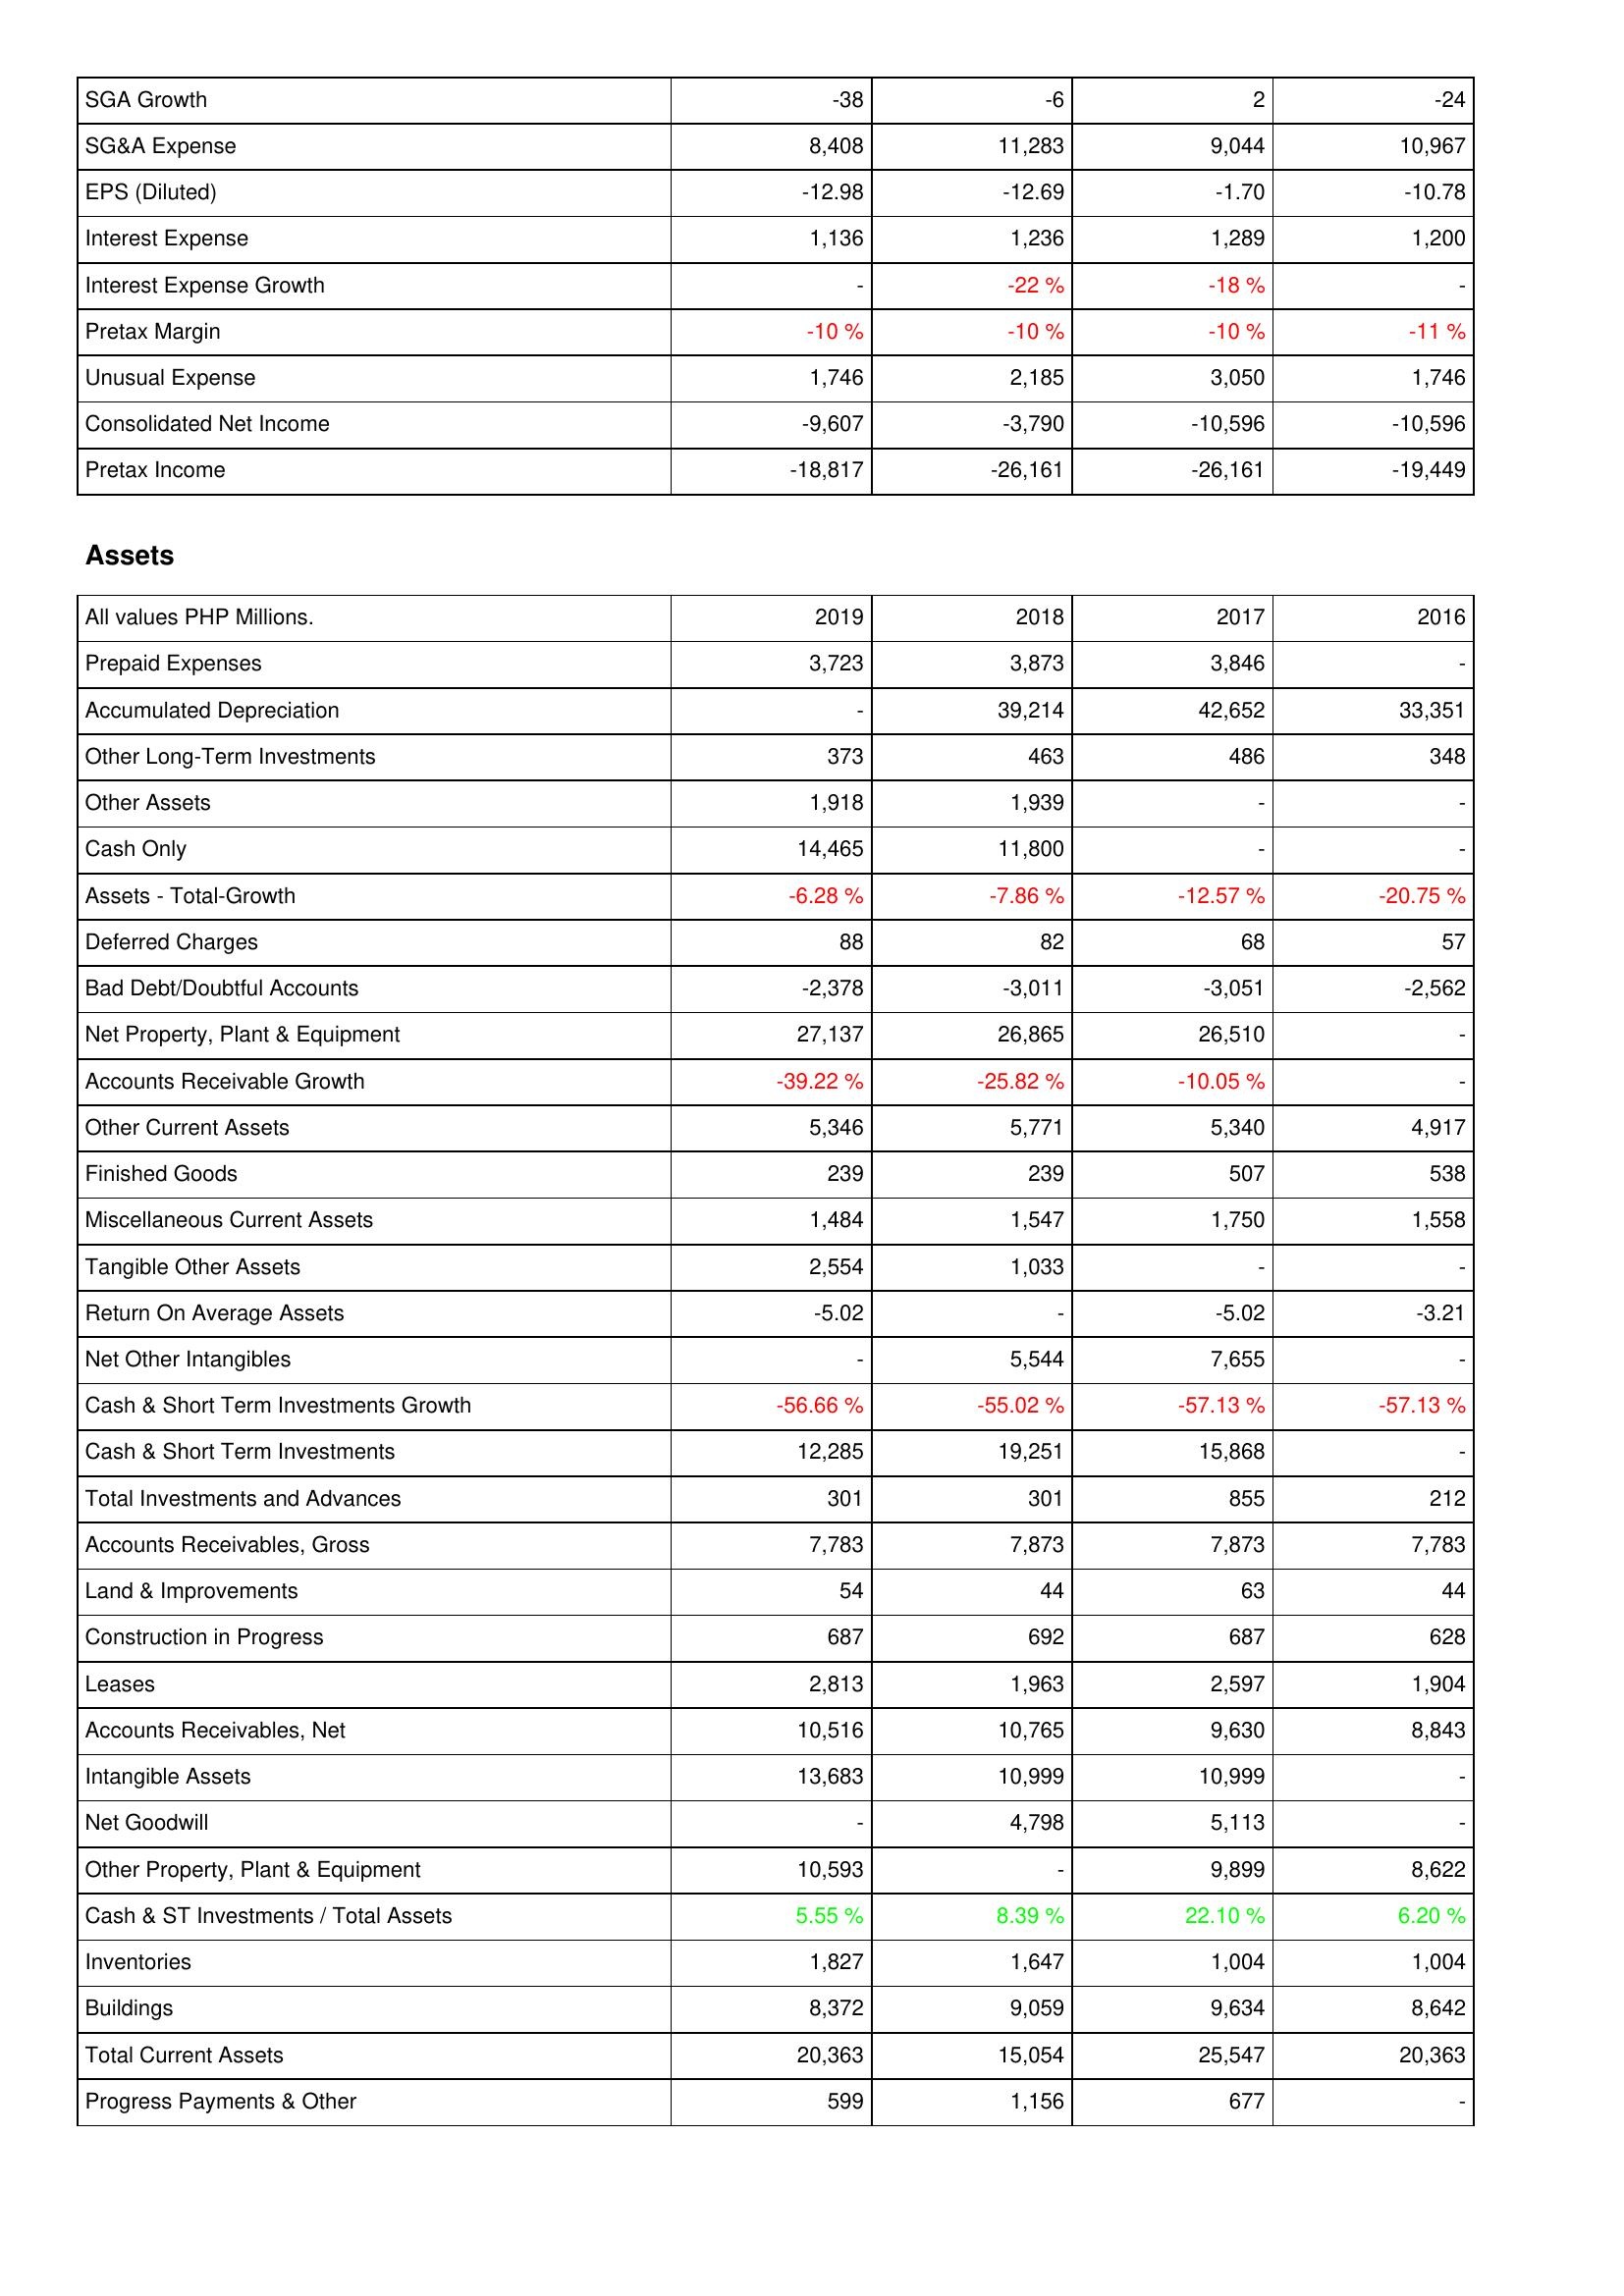
2019: Income Statement: SGA Growth: -38
SG&A Expense: 8,408
EPS (Diluted): -12.98
Interest Expense: 1,136
Interest Expense Growth: -
Pretax Margin: -10 %
Unusual Expense: 1,746
Consolidated Net Income: -9,607
Pretax Income: -18,817
Assets: Prepaid Expenses: 3,723
Accumulated Depreciation: -
Other Long-Term Investments: 373
Other Assets: 1,918
Cash Only: 14,465
Assets - Total-Growth: -6.28 %
Deferred Charges: 88
Bad Debt/Doubtful Accounts: -2,378
Net Property, Plant & Equipment: 27,137
Accounts Receivable Growth: -39.22 %
Other Current Assets: 5,346
Finished Goods: 239
Miscellaneous Current Assets: 1,484
Tangible Other Assets: 2,554
Return On Average Assets: -5.02
Net Other Intangibles: -
Cash & Short Term Investments Growth: -56.66 %
Cash & Short Term Investments: 12,285
Total Investments and Advances: 301
Accounts Receivables, Gross: 7,783
Land & Improvements: 54
Construction in Progress: 687
Leases: 2,813
Accounts Receivables, Net: 10,516
Intangible Assets: 13,683
Net Goodwill: -
Other Property, Plant & Equipment: 10,593
Cash & ST Investments / Total Assets: 5.55 %
Inventories: 1,827
Buildings: 8,372
Total Current Assets: 20,363
Progress Payments & Other: 599
2018: Income Statement: SGA Growth: -6
SG&A Expense: 11,283
EPS (Diluted): -12.69
Interest Expense: 1,236
Interest Expense Growth: -22 %
Pretax Margin: -10 %
Unusual Expense: 2,185
Consolidated Net Income: -3,790
Pretax Income: -26,161
Assets: Prepaid Expenses: 3,873
Accumulated Depreciation: 39,214
Other Long-Term Investments: 463
Other Assets: 1,939
Cash Only: 11,800
Assets - Total-Growth: -7.86 %
Deferred Charges: 82
Bad Debt/Doubtful Accounts: -3,011
Net Property, Plant & Equipment: 26,865
Accounts Receivable Growth: -25.82 %
Other Current Assets: 5,771
Finished Goods: 239
Miscellaneous Current Assets: 1,547
Tangible Other Assets: 1,033
Return On Average Assets: -
Net Other Intangibles: 5,544
Cash & Short Term Investments Growth: -55.02 %
Cash & Short Term Investments: 19,251
Total Investments and Advances: 301
Accounts Receivables, Gross: 7,873
Land & Improvements: 44
Construction in Progress: 692
Leases: 1,963
Accounts Receivables, Net: 10,765
Intangible Assets: 10,999
Net Goodwill: 4,798
Other Property, Plant & Equipment: -
Cash & ST Investments / Total Assets: 8.39 %
Inventories: 1,647
Buildings: 9,059
Total Current Assets: 15,054
Progress Payments & Other: 1,156
2017: Income Statement: SGA Growth: 2
SG&A Expense: 9,044
EPS (Diluted): -1.70
Interest Expense: 1,289
Interest Expense Growth: -18 %
Pretax Margin: -10 %
Unusual Expense: 3,050
Consolidated Net Income: -10,596
Pretax Income: -26,161
Assets: Prepaid Expenses: 3,846
Accumulated Depreciation: 42,652
Other Long-Term Investments: 486
Other Assets: -
Cash Only: -
Assets - Total-Growth: -12.57 %
Deferred Charges: 68
Bad Debt/Doubtful Accounts: -3,051
Net Property, Plant & Equipment: 26,510
Accounts Receivable Growth: -10.05 %
Other Current Assets: 5,340
Finished Goods: 507
Miscellaneous Current Assets: 1,750
Tangible Other Assets: -
Return On Average Assets: -5.02
Net Other Intangibles: 7,655
Cash & Short Term Investments Growth: -57.13 %
Cash & Short Term Investments: 15,868
Total Investments and Advances: 855
Accounts Receivables, Gross: 7,873
Land & Improvements: 63
Construction in Progress: 687
Leases: 2,597
Accounts Receivables, Net: 9,630
Intangible Assets: 10,999
Net Goodwill: 5,113
Other Property, Plant & Equipment: 9,899
Cash & ST Investments / Total Assets: 22.10 %
Inventories: 1,004
Buildings: 9,634
Total Current Assets: 25,547
Progress Payments & Other: 677
2016: Income Statement: SGA Growth: -24
SG&A Expense: 10,967
EPS (Diluted): -10.78
Interest Expense: 1,200
Interest Expense Growth: -
Pretax Margin: -11 %
Unusual Expense: 1,746
Consolidated Net Income: -10,596
Pretax Income: -19,449
Assets: Prepaid Expenses: -
Accumulated Depreciation: 33,351
Other Long-Term Investments: 348
Other Assets: -
Cash Only: -
Assets - Total-Growth: -20.75 %
Deferred Charges: 57
Bad Debt/Doubtful Accounts: -2,562
Net Property, Plant & Equipment: -
Accounts Receivable Growth: -
Other Current Assets: 4,917
Finished Goods: 538
Miscellaneous Current Assets: 1,558
Tangible Other Assets: -
Return On Average Assets: -3.21
Net Other Intangibles: -
Cash & Short Term Investments Growth: -57.13 %
Cash & Short Term Investments: -
Total Investments and Advances: 212
Accounts Receivables, Gross: 7,783
Land & Improvements: 44
Construction in Progress: 628
Leases: 1,904
Accounts Receivables, Net: 8,843
Intangible Assets: -
Net Goodwill: -
Other Property, Plant & Equipment: 8,622
Cash & ST Investments / Total Assets: 6.20 %
Inventories: 1,004
Buildings: 8,642
Total Current Assets: 20,363
Progress Payments & Other: -